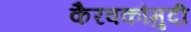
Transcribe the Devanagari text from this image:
कैरवकौमुदी